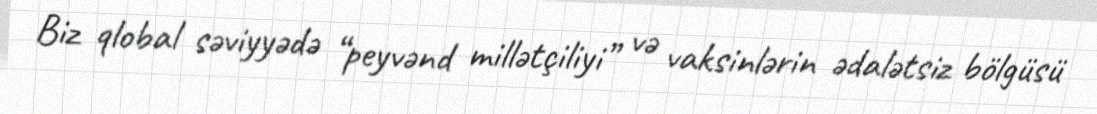
Biz qlobal səviyyədə “peyvənd millətçiliyi” və vaksinlərin ədalətsiz bölgüsü